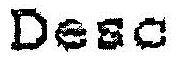
DESO